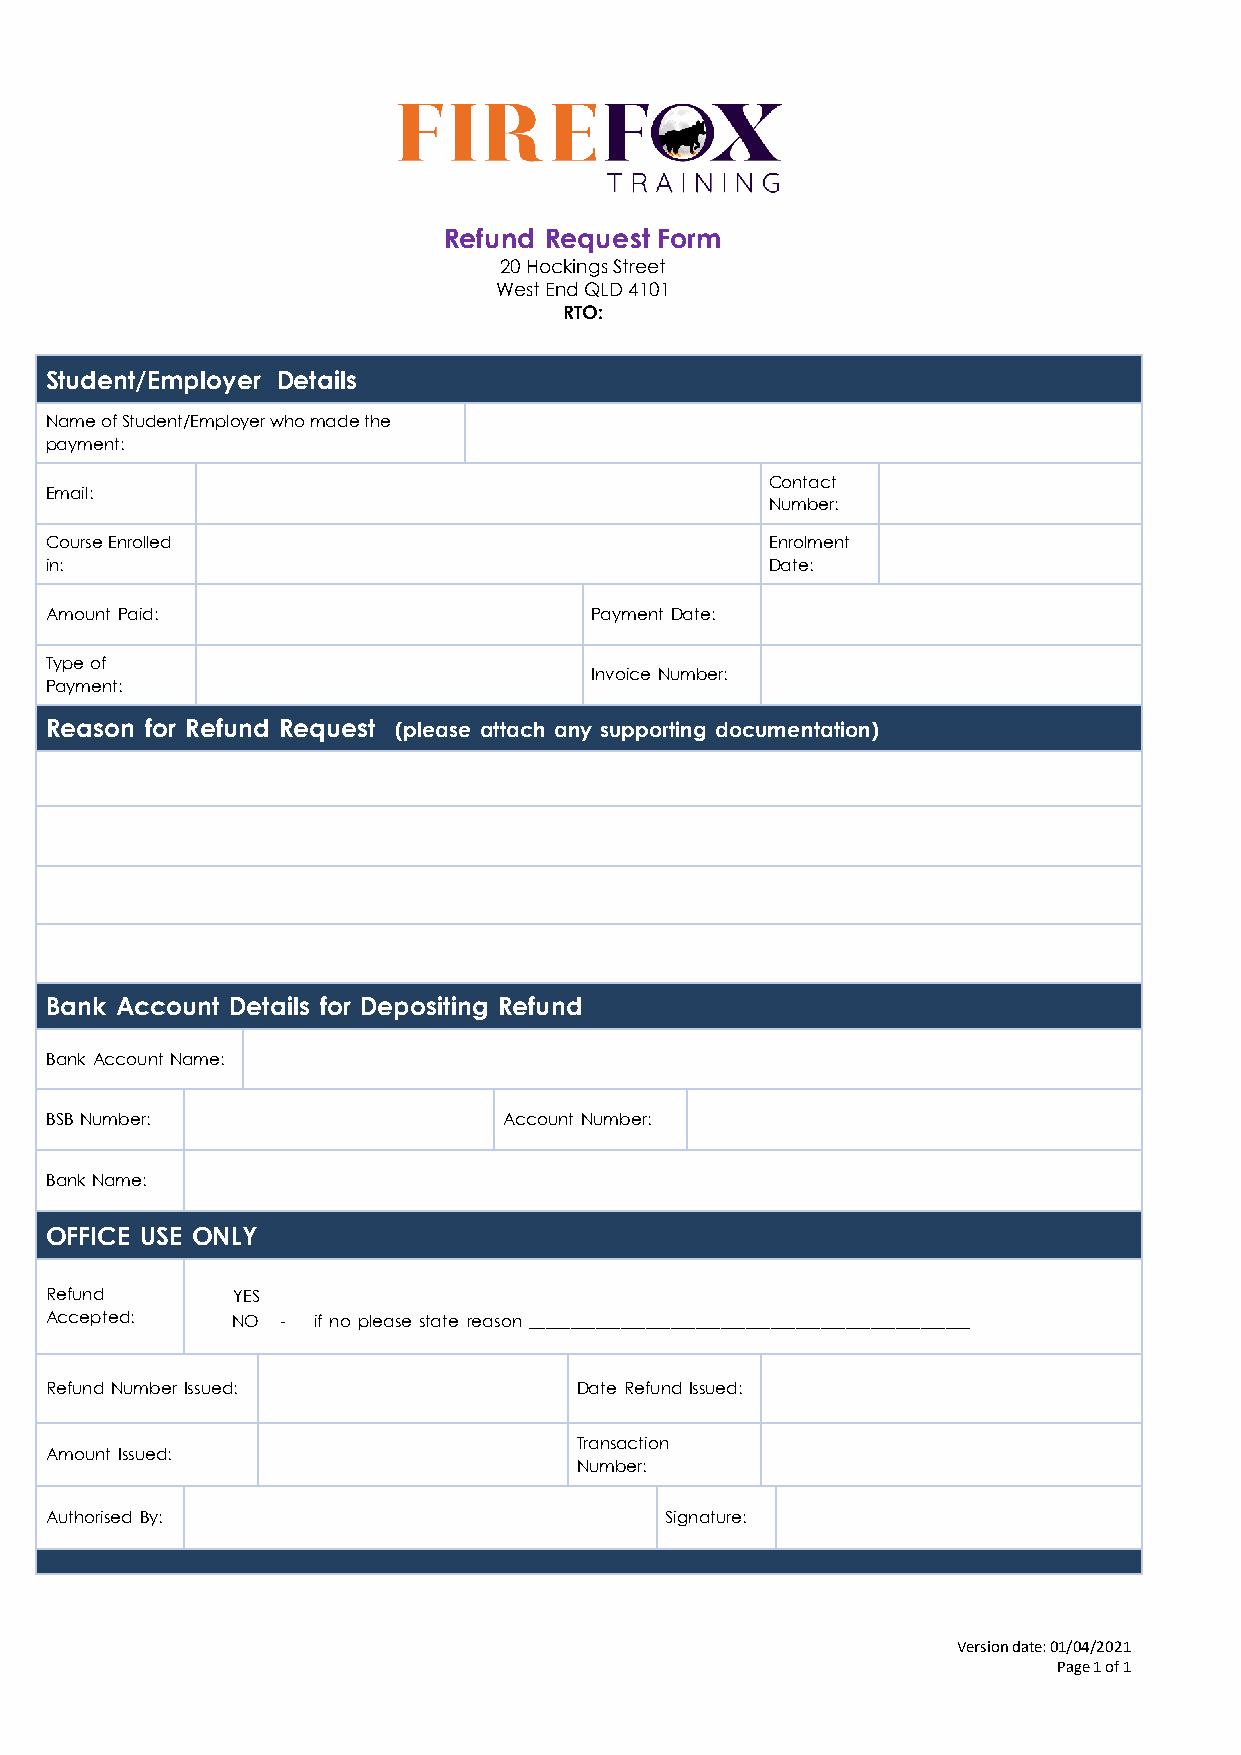
Refund Request Form
 20 Hockings Street
 West End QLD 4101
 RTO:
 Student/Employer Details
 Name of Student/Employer who made the
 payment:
 Contact
 Email:
 Number:
 Course Enrolled                                 Enrolment
 in:                                             Date:
 Amount Paid:                        Payment Date:
 Type of
 Invoice Number:
 Payment:
 Reason for Refund Request (please attach any supporting documentation)
 Bank Account Details for Depositing Refund
 Bank Account Name:
 BSB Number:                   Account Number:
 Bank Name:
 OFFICE USE ONLY
 Refund      YES
 Accepted:   NO  - if no please state reason _____________________________________________________
 Refund Number Issued:              Date Refund Issued:
 Transaction
 Amount Issued:
 Number:
 Authorised By:                           Signature:
 Version date: 01/04/2021
 Page 1 of 1